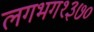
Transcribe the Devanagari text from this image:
लगभग१३७०